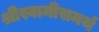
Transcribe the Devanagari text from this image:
श्रीस्वामीसमर्थ